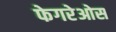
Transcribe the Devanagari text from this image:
फेगरेओस